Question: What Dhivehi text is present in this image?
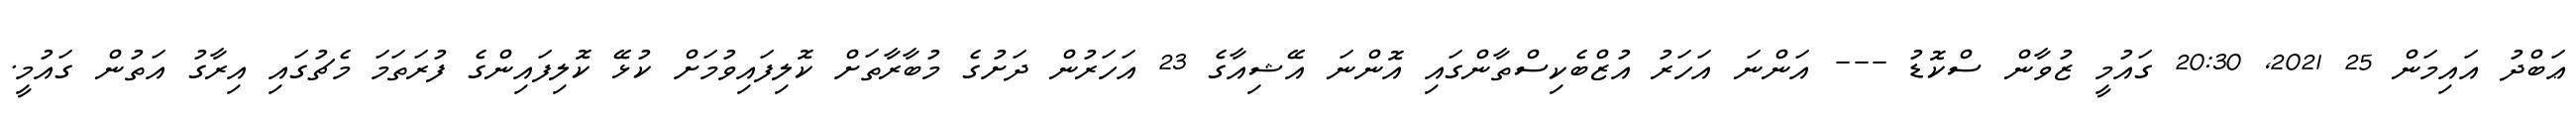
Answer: ޢަބްދު އައިމަން 25 2021, 20:30 ގައުމީ ޒުވާން ސްކޮޑު --- އަންނަ އަހަރު އުޒްބެކިސްތާންގައި އޮންނަ އޭޝިއާގެ 23 އަހަރުން ދަށުގެ މުބާރާތަށް ކޮލިފައިވުމަށް ކުޅޭ ކޮލިފައިންގެ ފުރަތަމަ މެޗުގައި އިރާގު އަތުން ގައުމީ.